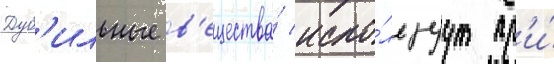
Дуб'ильные в'ещества́ испо́льзуут пр'и́